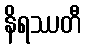
နိရဿတီ